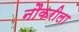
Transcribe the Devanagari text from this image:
नौकरीला